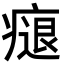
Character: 㾼